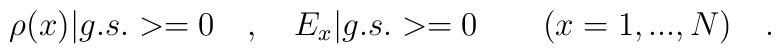
\rho(x)|g.s.>=0\quad ,\quad E_{x}|g.s.>=0 \quad \quad (x=1,...,N)\quad .